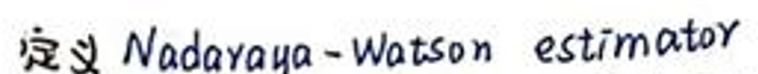
定义 Nadaraya - Watson estimator